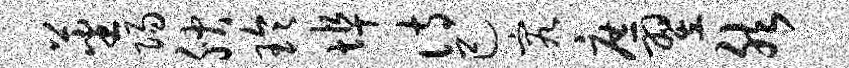
蕃阳腴玲埠诗己究庶翌然